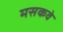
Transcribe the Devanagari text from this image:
मसकवे